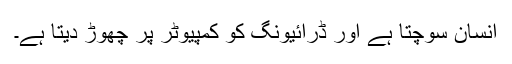
انسان سوچتا ہے اور ڈرائیونگ کو کمپیوٹر پر چھوڑ دیتا ہے۔